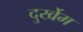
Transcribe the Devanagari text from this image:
दुर्खेम